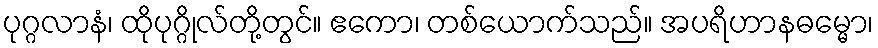
ပုဂ္ဂလာနံ၊ ထိုပုဂ္ဂိုလ်တို့တွင်။ ဧကော၊ တစ်ယောက်သည်။ အပရိဟာနဓမ္မော၊